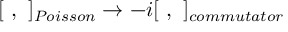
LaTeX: [ \ , \ ] _ { P o i s s o n } \to - i [ \ , \ ] _ { c o m m u t a t o r }